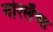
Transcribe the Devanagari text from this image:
नोरलैण्ड